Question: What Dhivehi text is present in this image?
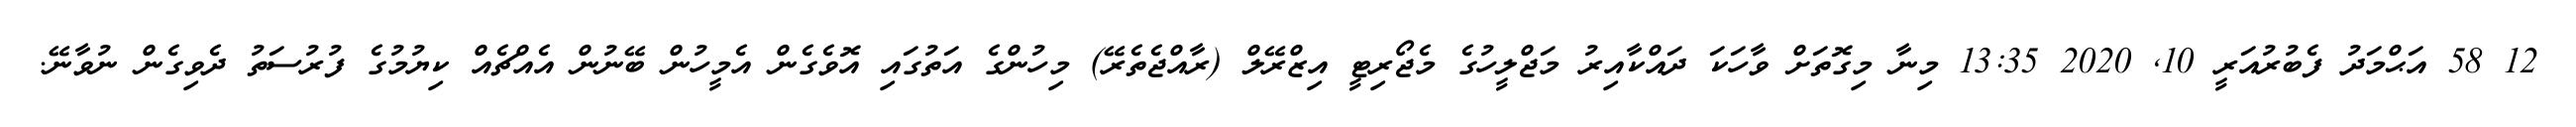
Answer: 12 58 އަޙްމަދު ފެބުރުއަރީ 10, 2020 13:35 މިނާ މިގޮތަށް ވާހަކަ ދައްކާއިރު މަޖްލީހުގެ މެޖޯރިޓީ އިޒްރޭލް (ރާއްޖެތެރޭ) މިހުންގެ އަތުގައި އޮވެގެން އެމީހުން ބޭނުން އެއްޗެއް ކިޔުމުގެ ފުރުސަތު ދެވިގެން ނުވާނޭ.